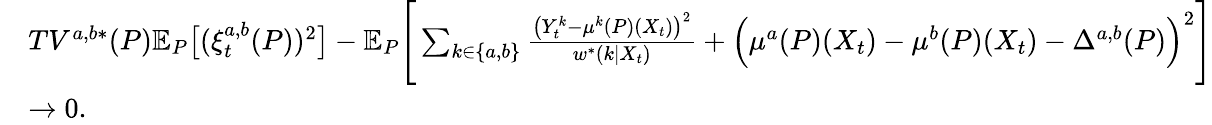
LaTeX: \begin{array}{rl}&{TV^{a,b*}(P)\mathbb{E}_{P}\big[(\xi_{t}^{a,b}(P))^{2}\big]-\mathbb{E}_{P}\Bigg[\sum_{k\in\{ a,b\} }\frac{\big(Y_{t}^{k}-\mu^{k}(P)(X_{t})\big)^{2}}{w^{*}(k|X_{t})}+\Big(\mu^{a}(P)(X_{t})-\mu^{b}(P)(X_{t})-\Delta^{a,b}(P)\Big)^{2}\Bigg]}\\ &{\to 0.}\end{array}